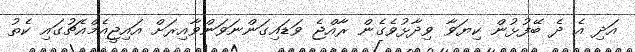
އަދި އެ ދެ ބޭފުޅުން ކިޔަވާ ވިދާޅުވެގެން ރާއްޖެ ވަޑައިގަންނަވަންވާއިރަށް އައިޖީއެމްއެޗުގައި ކެތު